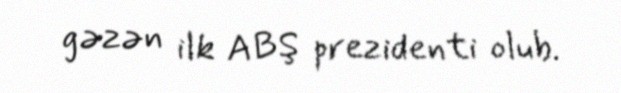
gəzən ilk ABŞ prezidenti olub.